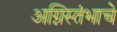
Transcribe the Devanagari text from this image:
अग्निस्तंभाचे